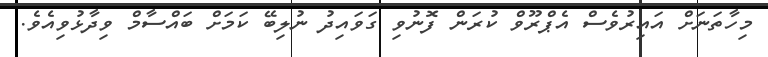
މިހާތަނަށް އައިރުވެސް އެޕްރޫވް ކުރަން ފޮނުވި ގަވައިދު ނުލިބޭ ކަމަށް ބައްސާމް ވިދާޅުވިއެވެ.